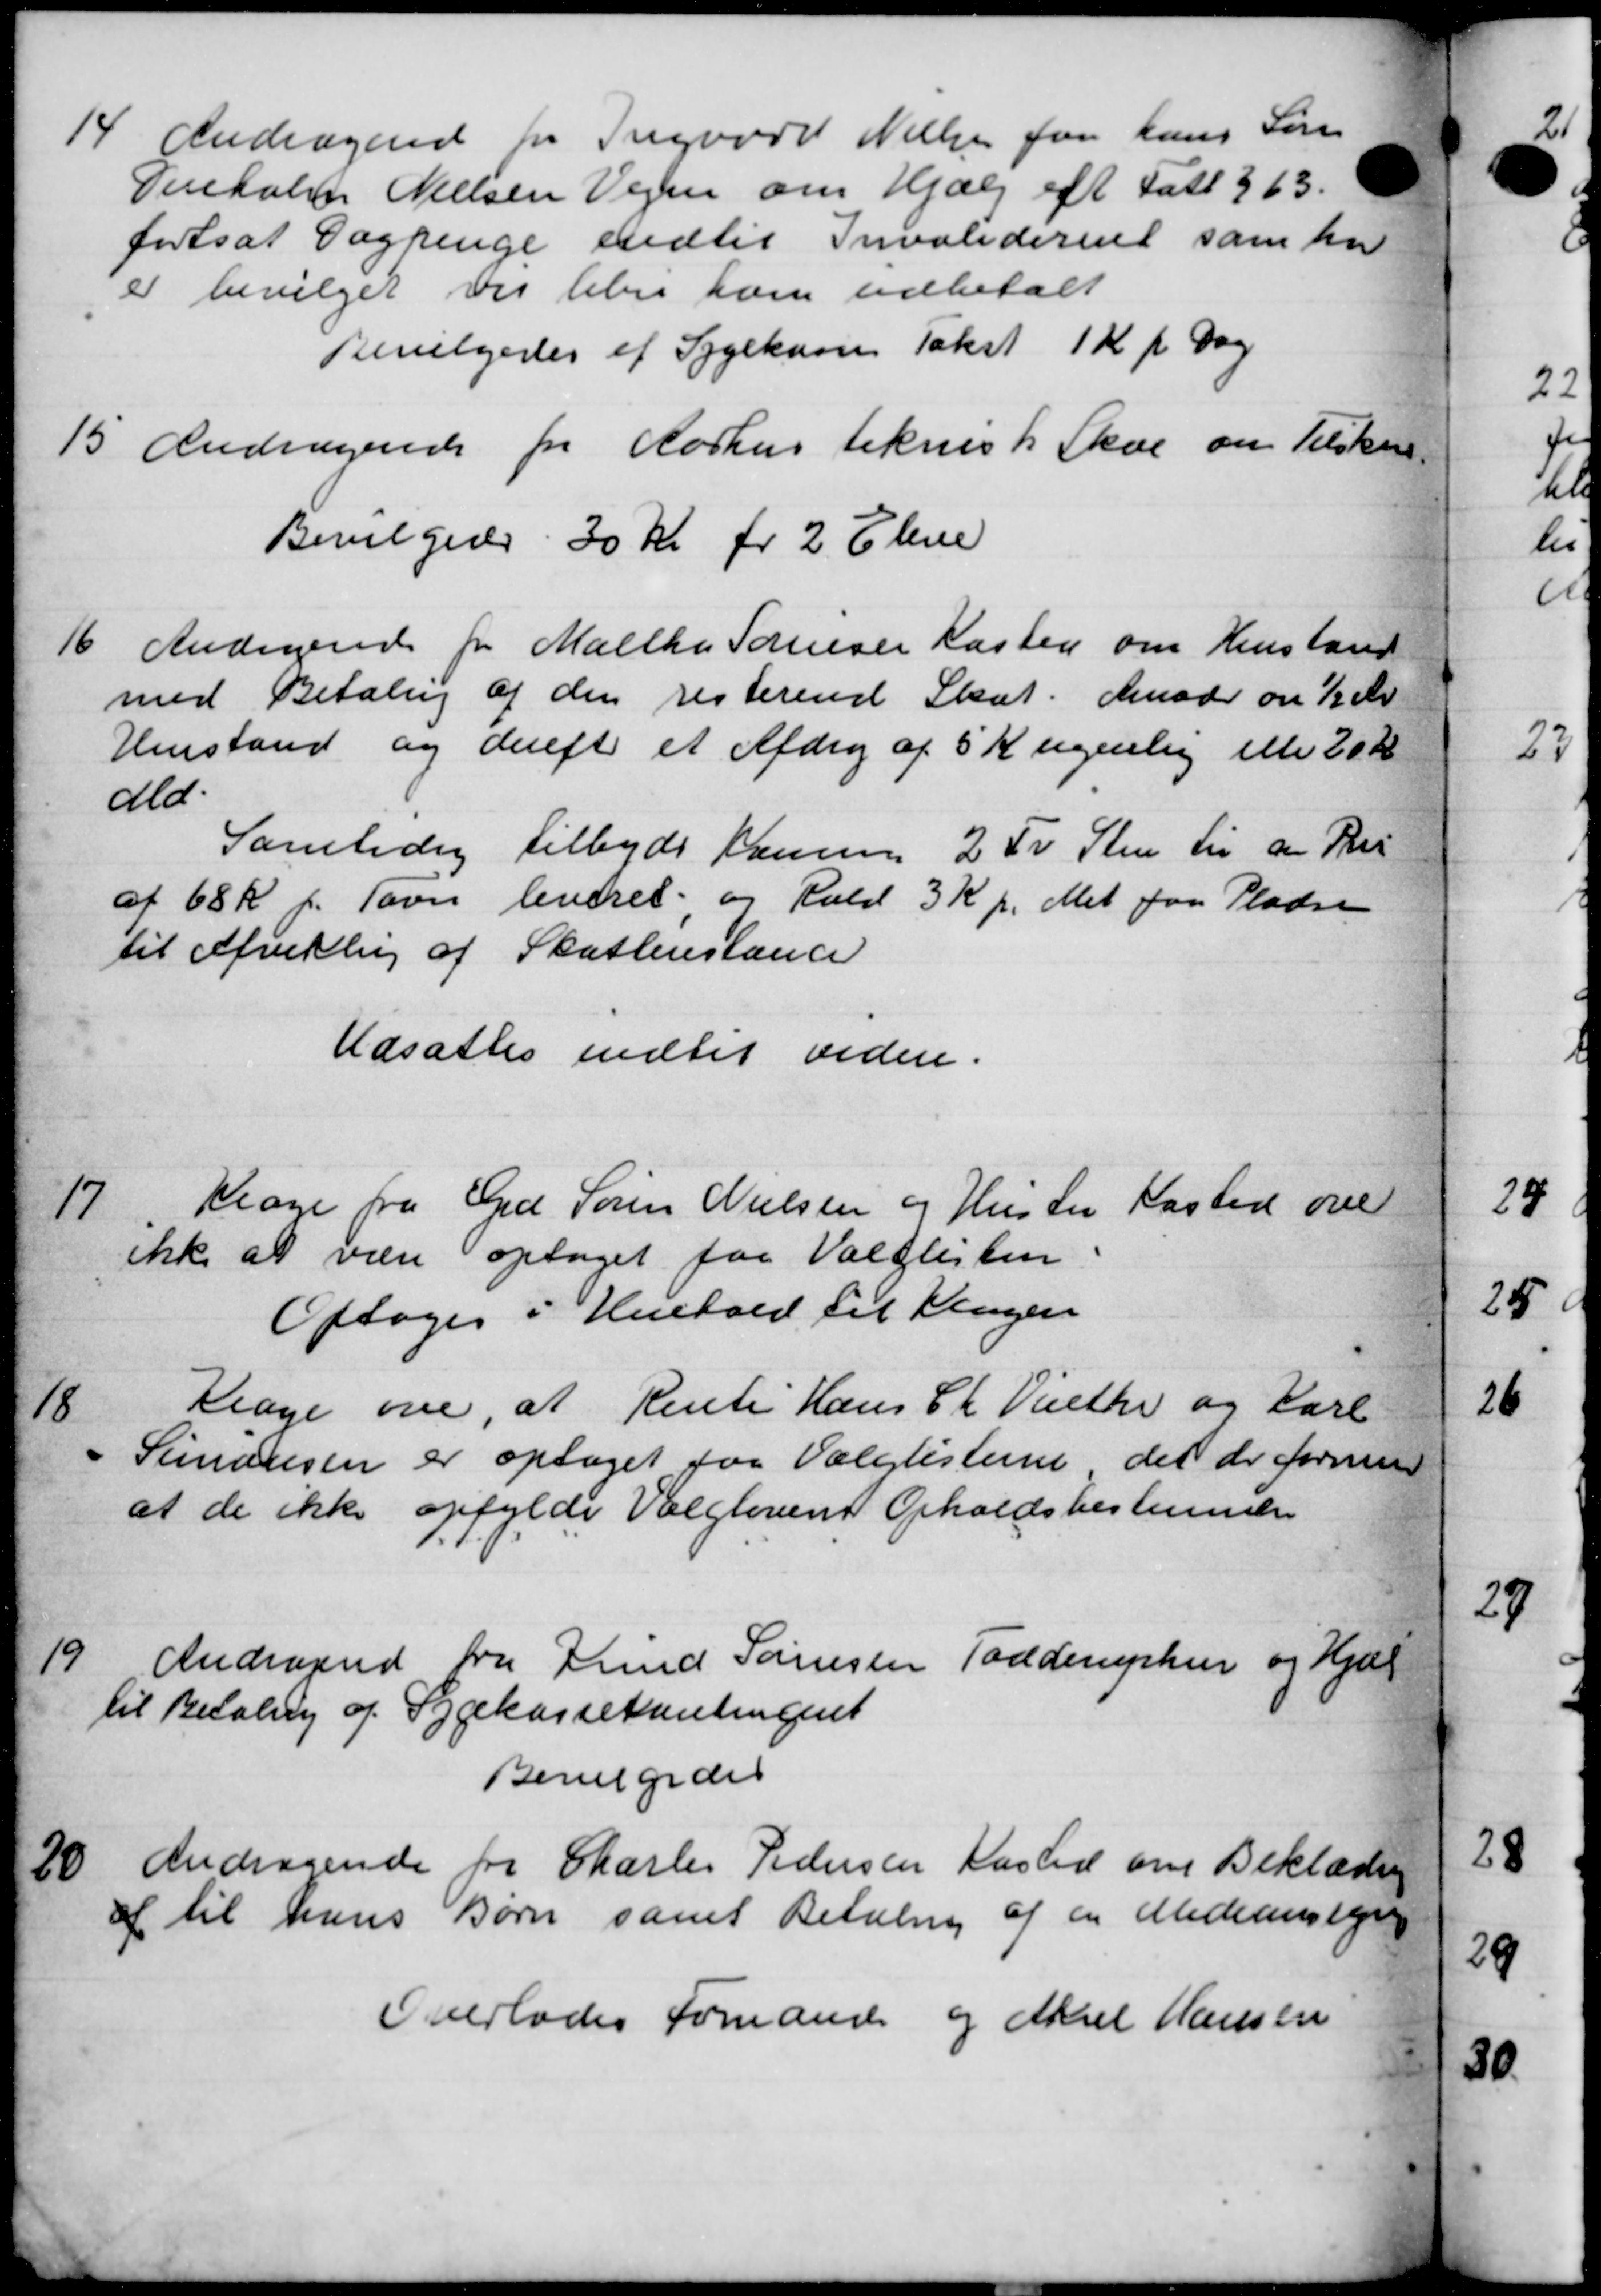
Transskription:
14
Andragende fra Ingvard Nielse fra hans Søren
Derholm Nielsen Vejen om Hjælp eft Fatt § 63.
fortsat Dagpenge indtil Invaliderent som her
er bevilget vis beber ham udbetalt
Bevilgedes af Sygekasse Takst 1 Kr pr Dag
15.
Andragende fra Aarhus teknisk Skole om Tilskud
Bevilgedes 30 Kr pr 2 Eleve
16
Andragende for Malthe Sørensen Kasten om Henstand
med Betaling af den resterende Skat. Amod en ½ Kr
Henstand og derefter et Afdrag af 5 Kr ugenlig eller 20 Kr
ald.
Samtidig tilbyde Kamme 2 Fr Sten til at Pris
af 68 k f. Favn leveret, og Rald 3 Kr p. Met paa Pladse
til Afvilling af Skatterestance
Udsattes indtil videre.
17
Klage fra Grd Søren Nielsen og Hustru Kasted over
ikke at være optaget faa Valglisten
Optoges i Henhold til Klagen
18
Klage over, at Rente Hans Ch Viethe og Karl
" Simonsen er optaget for Valglisterne det der formen
at de ikke opfylde Valglovens Opholdsbestemmelse
19
Andragende fra Knud Sørensen Todderuphur og Hjæl
til Betaling af Sygekassetantingent
Bevilgedes
20.
Andragende fra Charles Pedersen Kasted om Beklædning
af til hans Børn samt Betaling af en Medicinstens
Overlades Formand og Aksel Hansen